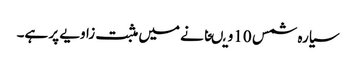
سیارہ شمس 10ویںخانے میں مثبت زاویے پر ہے۔